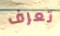
تعرف